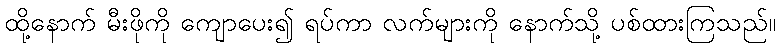
ထို့နောက် မီးဖိုကို ကျောပေး၍ ရပ်ကာ လက်များကို နောက်သို့ ပစ်ထားကြသည်။